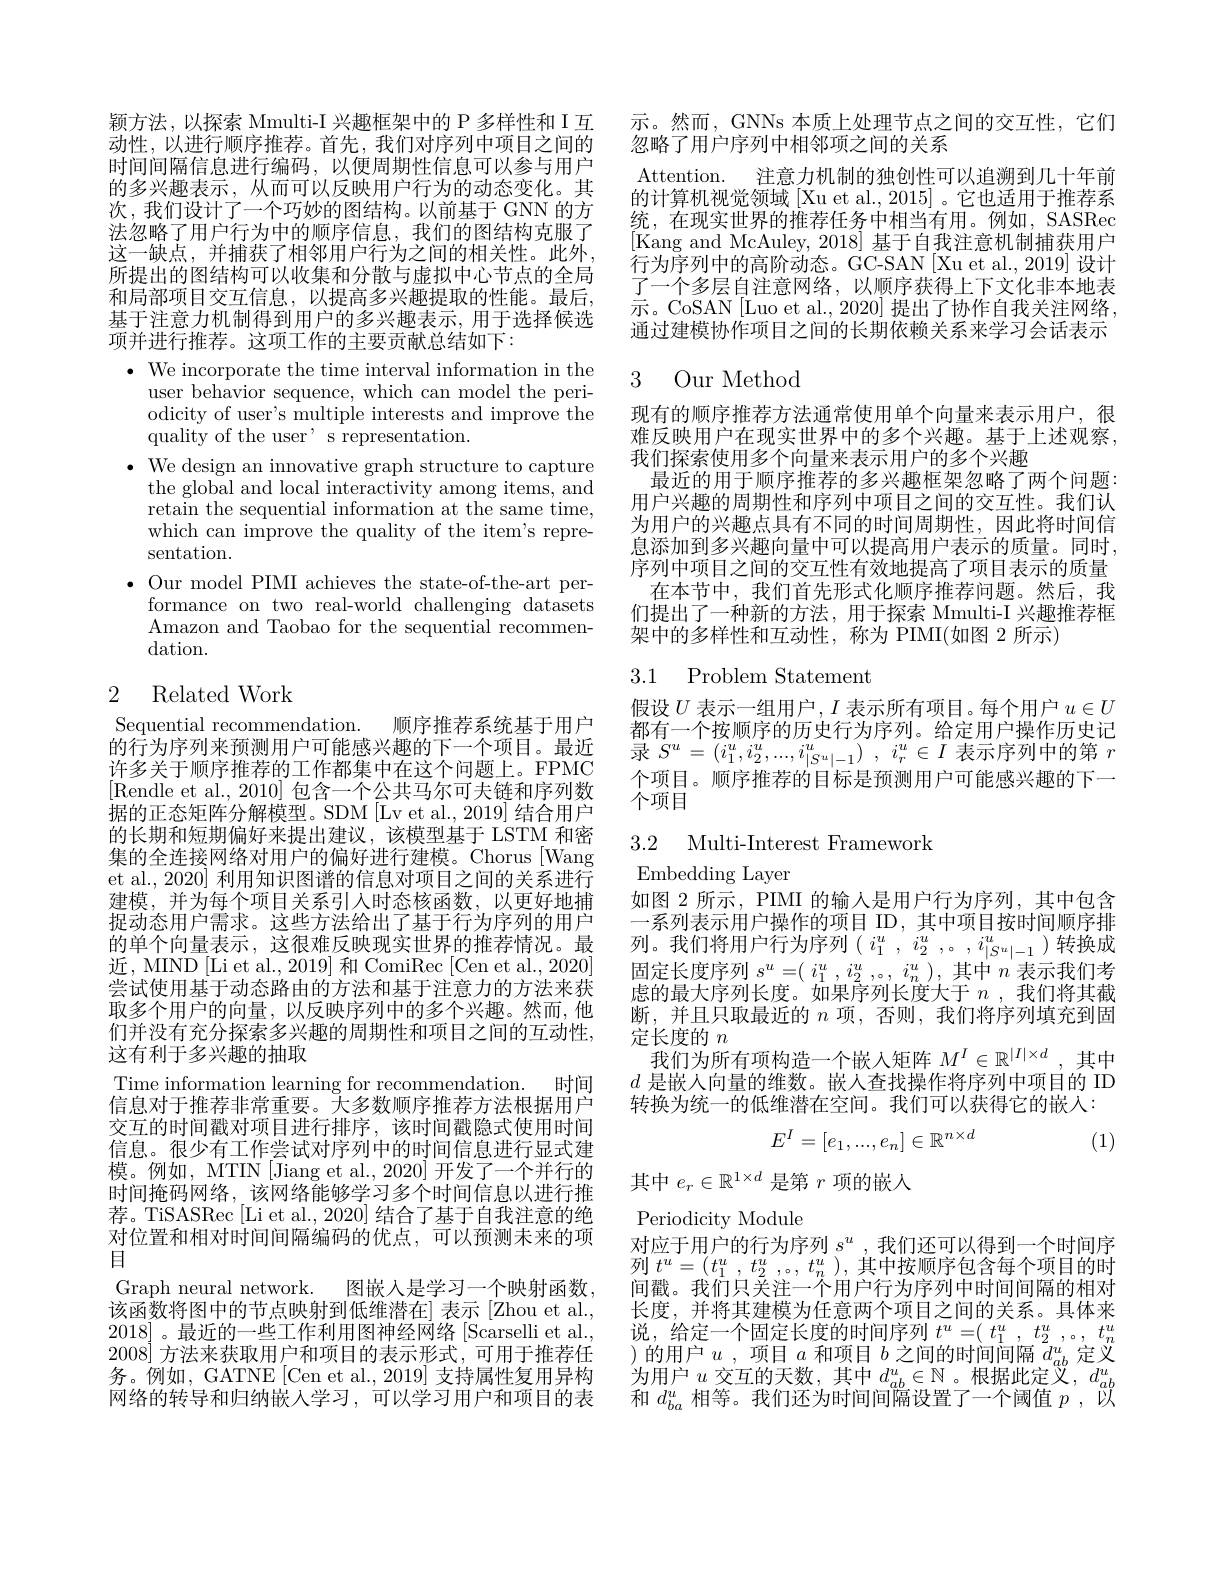
颖方法，以探索 Mmulti-I 兴趣框架中的 P 多样性和 I 互动性，以进行顺序推荐。首先，我们对序列中项目之间的时间间隔信息进行编码，以便周期性信息可以参与用户的多兴趣表示，从而可以反映用户行为的动态变化。其次，我们设计了一个巧妙的图结构。以前基于 GNN 的方法忽略了用户行为中的顺序信息，我们的图结构克服了这一缺点，并捕获了相邻用户行为之间的相关性。此外， 所提出的图结构可以收集和分散与虚拟中心节点的全局和局部项目交互信息，以提高多兴趣提取的性能。最后， 基于注意力机制得到用户的多兴趣表示，用于选择候选项并进行推荐。这项工作的主要贡献总结如下：

$\cdot$ We incorporate the time interval information in the
user behavior sequence, which can model the periodicity of user's multiple interests and improve the quality of the user' s representation.
$\bullet$ We design an innovative graph structure to capture
the global and local interactivity among items, and $\bar{\text{retain the sequential information at the same time,}}$ which can improve the quality of the item's representation.
$\bullet$ Our model PIMI achieves the state-of-the-art per-
formance on two real-world challenging datasets Amazon and Taobao for the sequential recommendation.

# 2 Related Work

Sequential recommendation. 顺序推荐系统基于用户的行为序列来预测用户可能感兴趣的下一个项目。最近许多关于顺序推荐的工作都集中在这个问题上。FPMC [Rendle et al.,2010]包含一个公共马尔可夫链和序列数据的正态矩阵分解模型。SDM[Lv et al.,2019] 结合用户的长期和短期偏好来提出建议，该模型基于 LSTM 和密集的全连接网络对用户的偏好进行建模。Chorus [Wang et al., 2020] 利用知识图谱的信息对项目之间的关系进行建模，并为每个项目关系引入时态核函数，以更好地捕捉动态用户需求。这些方法给出了基于行为序列的用户的单个向量表示，这很难反映现实世界的推荐情况。最近，MIND [Li et al., 2019] 和 ComiRec [Cen et al., 2020] 尝试使用基于动态路由的方法和基于注意力的方法来获取多个用户的向量，以反映序列中的多个兴趣。然而，他们并没有充分探索多兴趣的周期性和项目之间的互动性， 这有利于多兴趣的抽取
Time information learning for recommendation. 时间信息对于推荐非常重要。大多数顺序推荐方法根据用户交互的时间戳对项目进行排序，该时间戳隐式使用时间信息。很少有工作尝试对序列中的时间信息进行显式建模。例如，MTIN[Jiang et al., 2020] 开发了一个并行的时间掩码网络，该网络能够学习多个时间信息以进行推荐。TiSASRec [Li et al., 2020] 结合了基于自我注意的绝对位置和相对时间间隔编码的优点，可以预测未来的项目
Graph neural network. 图嵌人是学习一个映射函数， 该函数将图中的节点映射到低维潜在] 表示[Zhou et al., 2018]。最近的一些工作利用图神经网络[Scarselli et al., 2008]方法来获取用户和项目的表示形式，可用于推荐任务。例如，GATNE[Cen et al., 2019] 支持属性复用异构网络的转导和归纳嵌人学习，可以学习用户和项目的表

示。然而，GNNs 本质上处理节点之间的交互性，它们
忽略了用户序列中相邻项之间的关系
Attention. 注意力机制的独创性可以追溯到几十年前的计算机视觉领域[Xu et al., 2015]。它也适用于推荐系统，在现实世界的推荐任务中相当有用。例如，SASRec [Kang and McAuley, 2018] 基于自我注意机制捕获用户行为序列中的高阶动态。GC-SAN[Xu et al., 2019] 设计了一个多层自注意网络，以顺序获得上下文化非本地表示。CoSAN[Luo et al., 2020] 提出了协作自我关注网络， 通过建模协作项目之间的长期依赖关系来学习会话表示

## 3 Our Method

现有的顺序推荐方法通常使用单个向量来表示用户，很难反映用户在现实世界中的多个兴趣。基于上述观察， 我们探索使用多个向量来表示用户的多个兴趣
最近的用于顺序推荐的多兴趣框架忽略了两个问题： 用户兴趣的周期性和序列中项目之间的交互性。我们认为用户的兴趣点具有不同的时间周期性，因此将时间信息添加到多兴趣向量中可以提高用户表示的质量。同时， 序列中项目之间的交互性有效地提高了项目表示的质量在本节中，我们首先形式化顺序推荐问题。然后，我们提出了一种新的方法，用于探索 Mmulti-I 兴趣推荐框架中的多样性和互动性，称为 PIMI(如图 2 所示)

### 3.1 Problem Statement

假设$U$表示一组用户$,I$表示所有项目。每个用户$u\in U$ 都有一个按顺序的历史行为序列。给定用户操作历史记录$S^u= ( i_1^u, i_2^u, . . . , i_{| S^u| - 1}^u)$ , $i_r^u\in I$表示序列中的第$r$ 个项目。顺序推荐的目标是预测用户可能感兴趣的下一个项目

## 3.2 Multi-Interest Framework

Embedding Layer
如图 2 所示，PIMI 的输入是用户行为序列，其中包含一系列表示用户操作的项目 ID,其中项目按时间顺序排列。我们将用户行为序列( $i_1^u,i_2^u,。,i_{|S^u|-1}^u)$转换成固定长度序列$s^u=(i_1^u,i_2^u$,。$,i_n^u)$,其中$n$表示我们考虑的最大序列长度。如果序列长度大于$n$ ,我们将其截断，并且只取最近的$n$项，否则，我们将序列填充到固定长度的$n$
我们为所有项构造一个嵌入矩阵$M^I\in\mathbb{R}^{|I|\times d}$,其中$d$是嵌入向量的维数。嵌人查找操作将序列中项目的 ID 转换为统一的低维潜在空间。我们可以获得它的嵌人：
$$E^I=[e_1,...,e_n]\in\mathbb{R}^{n\times d}$$
(1)

其中$e_r\in\mathbb{R}^{1\times d}$是第$r$项的嵌人

Periodicity Module
对应于用户的行为序列$s^u$ ,我们还可以得到一个时间序列$t^u= ( t_1^u$, $t_2^u$ ,。, $t_n^u$ ),其中按顺序包含每个项目的时间戳。我们只关注一个用户行为序列中时间间隔的相对长度，并将其建模为任意两个项目之间的关系。具体来说，给定一个固定长度的时间序列$t^u= ( \begin{array} { c } t_1^u\end{array} , t_2^u$ , .., $t_n^u$ )的用户$u$,项目$a$和项目$b$之间的时间间隔$d_ab^u$定义为用户$u$交互的天数，其中$d_ab^u\in\mathbb{N}$。根据此定义，$d_ab^u$ 和$d_{ba}^u$相等。我们还为时间间隔设置了一个阈值$p$,以